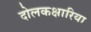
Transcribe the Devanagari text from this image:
दोलकक्षारिया